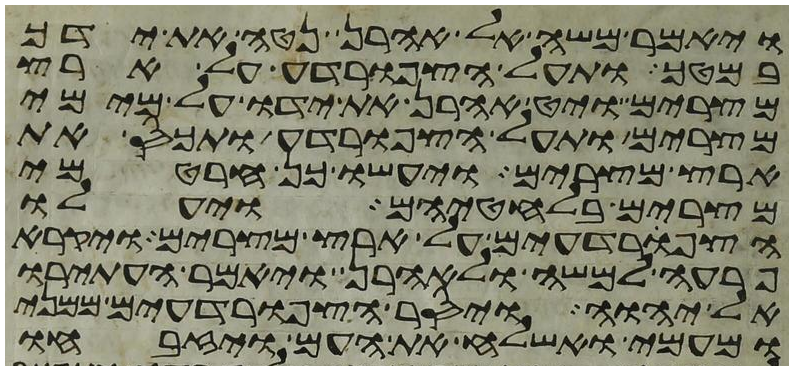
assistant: ויאמר משה אל אהרן נטה את ידך
במטך ותעל הצפרדע על ארץ
מצרים ויט אהרן את ידו על מימי
מצרים ותעל הצפרדע ותכס את
ארץ מצרים ויעשו כן חרטמי
מצרים בלחטיהם ויעלו
הצפרדעים על ארץ מצרים ויקרא
פרעה למשה ולאהרן ויאמר העתירו
אל יהוה ויסר הצפרדעים ממני
ומעמי ואשלח את העם ויזבחו